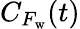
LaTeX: {C}_{F_{\mathrm{w}}}(t)